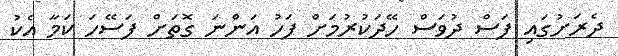
ދެރަށުގައި ފަސް ދުވަސް ހޭދަކުރުމަށް ފަހު އަންނަ ގޮތަށް ފަސޭހަ ކަމާ އެކު